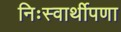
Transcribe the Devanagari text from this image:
निःस्वार्थीपणा